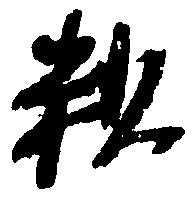
粗